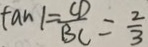
\tan 1 = \frac { C D } { B C } = \frac { 2 } { 3 }